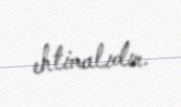
ehtimalıdır.